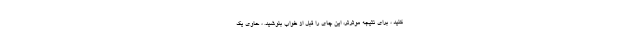
کنید ، برای نتیجه موثرتر، این چای را قبل از خواب بنوشید. ، حاوی یک